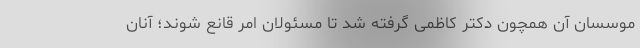
موسسان آن همچون دکتر کاظمی گرفته شد تا مسئولان امر قانع شوند؛ آنان